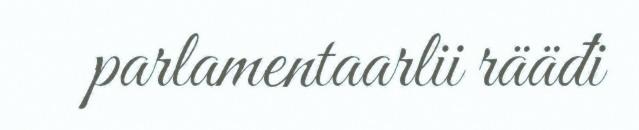
parlamentaarlii rääđi